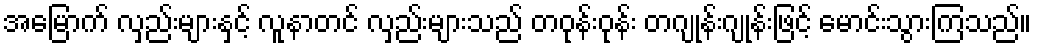
အမြောက် လှည်းများနှင့် လူနာတင် လှည်းများသည် တဝုန်းဝုန်း တဂျုန်းဂျုန်းဖြင့် မောင်းသွားကြသည်။